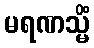
မရဏသ္မိံ